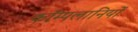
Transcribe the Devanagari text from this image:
कॉम्पलानियों